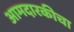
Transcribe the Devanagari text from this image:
आमदारकीचा